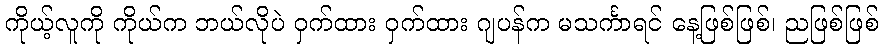
ကိုယ့်လူကို ကိုယ်က ဘယ်လိုပဲ ဝှက်ထား ဝှက်ထား ဂျပန်က မသင်္ကာရင် နေ့ဖြစ်ဖြစ်၊ ညဖြစ်ဖြစ်